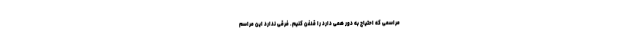
مراسمی که احتیاج به دور همی دارد را قدغن کنیم. فرقی ندارد این مراسم